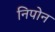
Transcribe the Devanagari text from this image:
निपोन